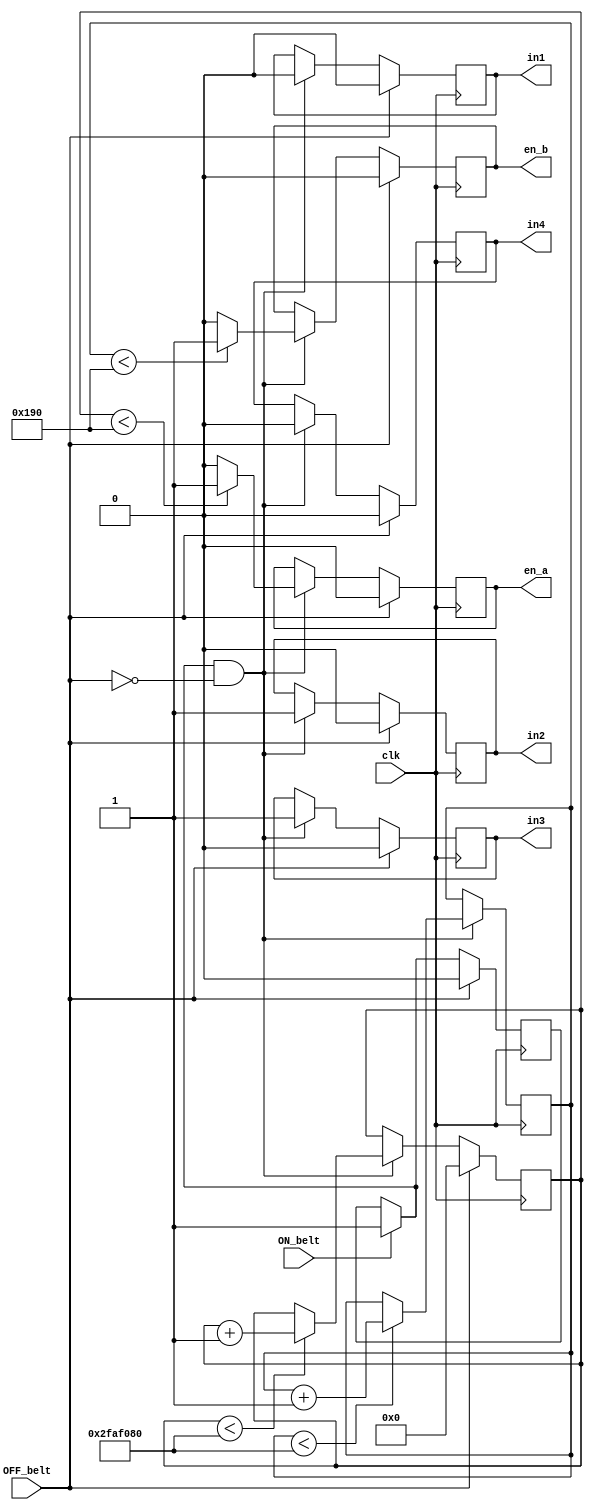
module dc_motor (clk, ON_belt, OFF_belt, in1, in2, in3, in4, en_a, en_b);

input clk, ON_belt, OFF_belt;
output reg in1, in2, in3, in4; //pinovi za okretnje smjera
output reg en_a, en_b; // pin za kontrolu brzine

reg [7:0] counter1 = 0;
reg [7:0] counter2 = 0;

reg ON_belt_press = 0;

always@(posedge clk) 
begin

	if(ON_belt == 1)
	begin
		ON_belt_press = 1;
	end

	//---------PALJENJE TRAKE--------------
	if(ON_belt_press == 1 && OFF_belt == 0)
	begin
			if (counter1 < 50000000) 
			begin
				counter1<= counter1+1;
			end
			
			if (counter2 < 50000000) 
			begin
				counter2<= counter2+1;
			end
			
		in1 = 0;
		in2 = 1;
		in3 = 1;
		in4 = 0;
		en_a = (counter1 < 400) ? 1:0; //podesavanje brzine motora
		en_b = (counter2 < 400) ? 1:0;
	end
	
	//------------GASENJE TRAKE---------------
	if(OFF_belt == 1)
	begin
		ON_belt_press = 0;
		counter1 <= 0;
		in1 = 0;
		in2 = 0;
		in3 = 0;
		in4 = 0;
		en_a = 0;
		en_b = 0;
	end
end                   
endmodule